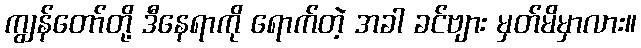
ကျွန်တော်တို့ ဒီနေရာကို ရောက်တဲ့ အခါ ခင်ဗျား မှတ်မိမှာလား။